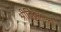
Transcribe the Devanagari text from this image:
श्रीविठ्ठलाला